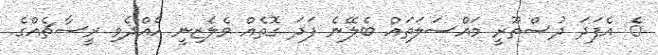
ެ އެފަދަ ދުސްތޫރީ މައްސަލަތައް ބެލޭނެ ފަދަ ގޮތެއް ވެލެޒިނީ ހެއްދެވި ރީސާޗެއްގެ